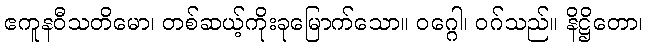
ဧကူနဝီသတိမော၊ တစ်ဆယ့်ကိုးခုမြောက်သော။ ဝဂ္ဂေါ၊ ဝဂ်သည်။ နိဋ္ဌိတော၊